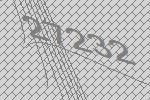
27232